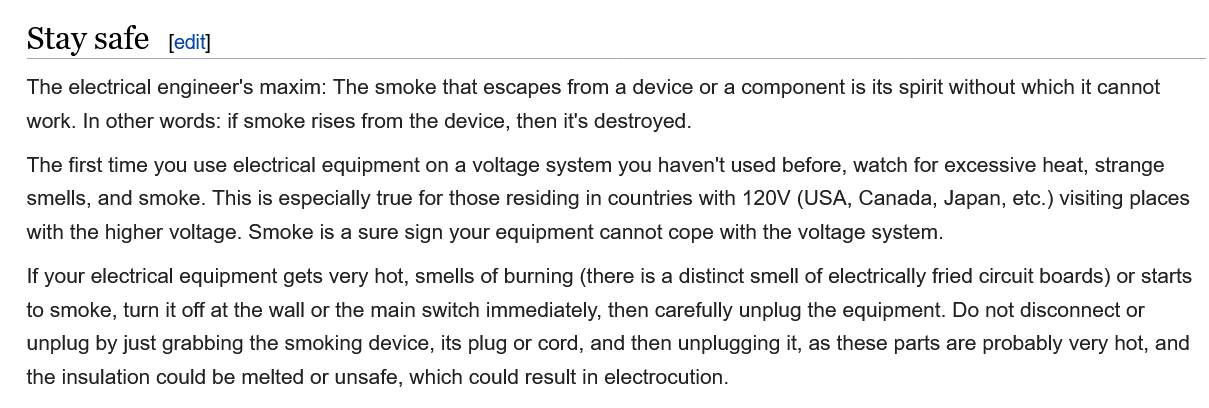
Stay   safe   [edit]
   The electrical engineer's maxim: The smoke that escapes from a device or a component is its spirit without which it cannot
   work. In other words: if smoke rises from the device, then it's destroyed.
   The first time you use electrical equipment on a voltage system you haven't used before, watch for excessive heat, strange
   smells, and smoke. This is especially true for those residing in countries with 120V (USA, Canada, Japan, etc.) visiting places
   with the higher voltage. Smoke is a sure sign your equipment cannot cope with the voltage system.
   If your electrical equipment gets very hot, smells of burning (there is a distinct smell of electrically fried circuit boards) or starts
   to smoke, turn it off at the wall or the main switch immediately, then carefully unplug the equipment. Do not disconnect or
   unplug by just grabbing the smoking device, its plug or cord, and then unplugging it, as these parts are probably very hot, and
   the insulation could be melted or unsafe, which could result in electrocution.